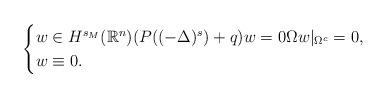
LaTeX: \begin{align*} \begin{cases} w\in H^{s_M}(\mathbb{R}^n) (P( (-\Delta)^s) + q)w=0 \Omega w|_{\Omega^c}=0,\\ w\equiv0. \end{cases}\end{align*}